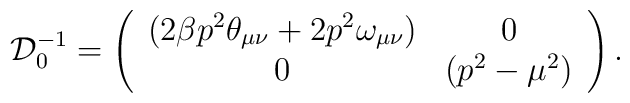
{\cal D}_{0}^{-1}=\left( \begin{array}{cc}\left( 2\beta p^{2}\theta _{\mu \nu }+2p^{2}\omega _{\mu \nu }\right) & 0 \\ 0 & \left( p^{2}-\mu ^{2}\right)\end{array}\right) {\rm {.}}